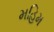
મહિમ